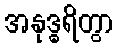
အနုဒ္ဓရိတွာ